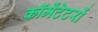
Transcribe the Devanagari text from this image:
कॉमेंटेटरों